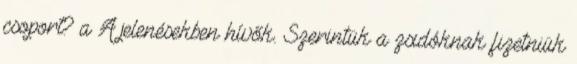
csoport? a A jelenésekben hívők. Szerintük a zsidóknak fizetniük